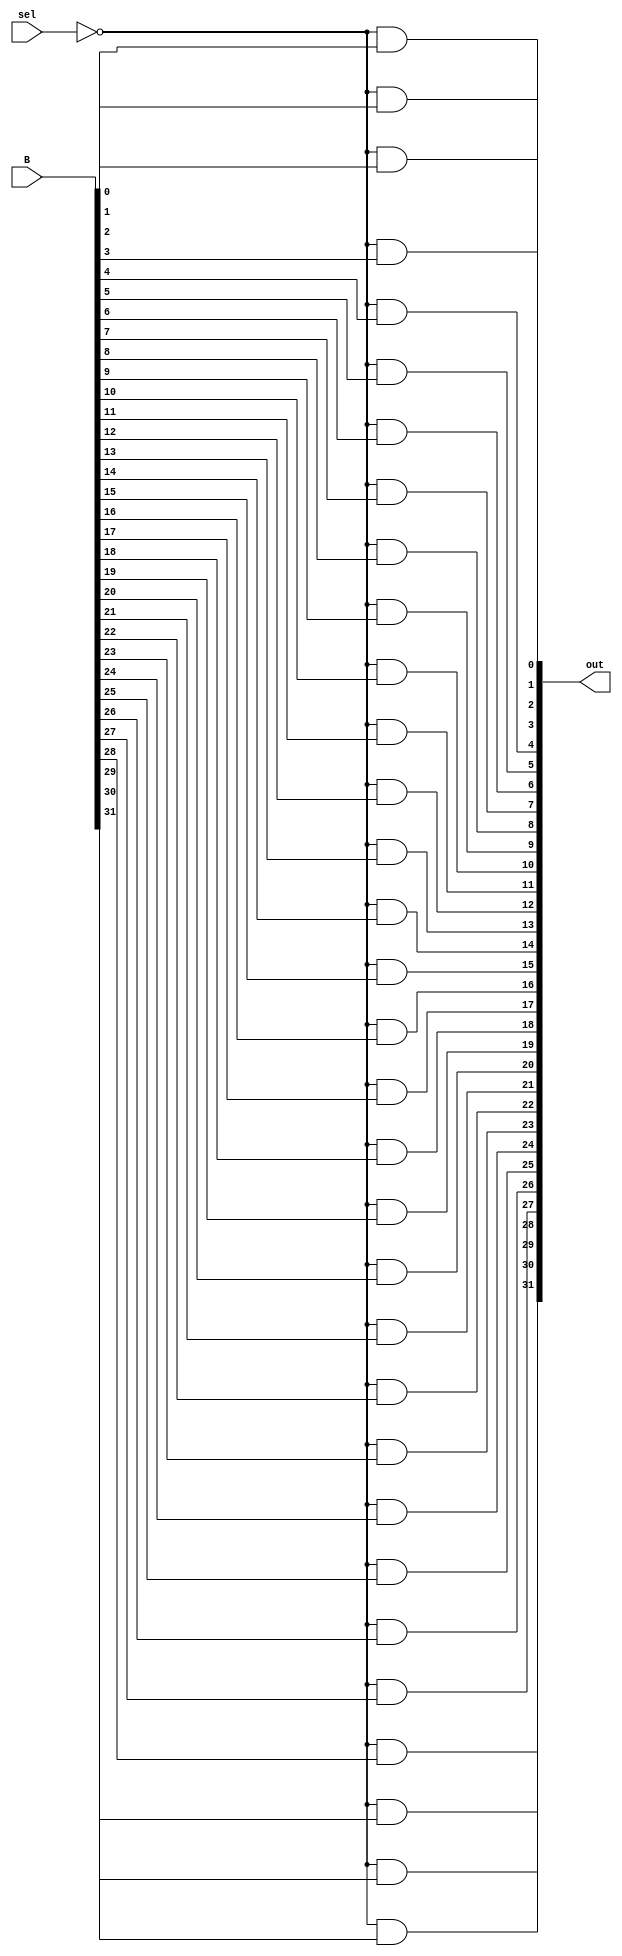
//////////////////////////////////////////////////////////////////////////////////
// Company: 
// 
// Design Name: Lab 1 Mux
// Module Name: mux
// Project Name: 
// Target Devices: 
// Tool Versions: 
// Description: 
// 
// Dependencies: 
// 
// Revision:
// Revision 0.01 - File Created
// Additional Comments:
// 
//////////////////////////////////////////////////////////////////////////////////
// Final Project 2:1 Mux

module twoToOne(B,sel,out);

wire sel_not;
wire [31:0] and1;
wire [31:0] and2;

input sel; 
input [31:0] B;
output [31:0] out;

not(sel_not,sel);

and(and1[0],sel_not,B[0]);
and(and1[1],sel_not,B[1]);
and(and1[2],sel_not,B[2]);
and(and1[3],sel_not,B[3]);
and(and1[4],sel_not,B[4]);
and(and1[5],sel_not,B[5]);
and(and1[6],sel_not,B[6]);
and(and1[7],sel_not,B[7]);
and(and1[8],sel_not,B[8]);
and(and1[9],sel_not,B[9]);
and(and1[10],sel_not,B[10]);
and(and1[11],sel_not,B[11]);
and(and1[12],sel_not,B[12]);
and(and1[13],sel_not,B[13]);
and(and1[14],sel_not,B[14]);
and(and1[15],sel_not,B[15]);
and(and1[16],sel_not,B[16]);
and(and1[17],sel_not,B[17]);
and(and1[18],sel_not,B[18]);
and(and1[19],sel_not,B[19]);
and(and1[20],sel_not,B[20]);
and(and1[21],sel_not,B[21]);
and(and1[22],sel_not,B[22]);
and(and1[23],sel_not,B[23]);
and(and1[24],sel_not,B[24]);
and(and1[25],sel_not,B[25]);
and(and1[26],sel_not,B[26]);
and(and1[27],sel_not,B[27]);
and(and1[28],sel_not,B[28]);
and(and1[29],sel_not,B[29]);
and(and1[30],sel_not,B[30]);
and(and1[31],sel_not,B[31]);

and(and2[0],sel,0);
and(and2[1],sel,0);
and(and2[2],sel,0);
and(and2[3],sel,0);
and(and2[4],sel,0);
and(and2[5],sel,0);
and(and2[6],sel,0);
and(and2[7],sel,0);
and(and2[8],sel,0);
and(and2[9],sel,0);
and(and2[10],sel,0);
and(and2[11],sel,0);
and(and2[12],sel,0);
and(and2[13],sel,0);
and(and2[14],sel,0);
and(and2[15],sel,0);
and(and2[16],sel,0);
and(and2[17],sel,0);
and(and2[18],sel,0);
and(and2[19],sel,0);
and(and2[20],sel,0);
and(and2[21],sel,0);
and(and2[22],sel,0);
and(and2[23],sel,0);
and(and2[24],sel,0);
and(and2[25],sel,0);
and(and2[26],sel,0);
and(and2[27],sel,0);
and(and2[28],sel,0);
and(and2[29],sel,0);
and(and2[30],sel,0);
and(and2[31],sel,0);

or(out[0],and1[0],and2[0]);
or(out[1],and1[1],and2[1]);
or(out[2],and1[2],and2[2]);
or(out[3],and1[3],and2[3]);
or(out[4],and1[4],and2[4]);
or(out[5],and1[5],and2[5]);
or(out[6],and1[6],and2[6]);
or(out[7],and1[7],and2[7]);
or(out[8],and1[8],and2[8]);
or(out[9],and1[9],and2[9]);
or(out[10],and1[10],and2[10]);
or(out[11],and1[11],and2[11]);
or(out[12],and1[12],and2[12]);
or(out[13],and1[13],and2[13]);
or(out[14],and1[14],and2[14]);
or(out[15],and1[15],and2[15]);
or(out[16],and1[16],and2[16]);
or(out[17],and1[17],and2[17]);
or(out[18],and1[18],and2[18]);
or(out[19],and1[19],and2[19]);
or(out[20],and1[20],and2[20]);
or(out[21],and1[21],and2[21]);
or(out[22],and1[22],and2[22]);
or(out[23],and1[23],and2[23]);
or(out[24],and1[24],and2[24]);
or(out[25],and1[25],and2[25]);
or(out[26],and1[26],and2[26]);
or(out[27],and1[27],and2[27]);
or(out[28],and1[28],and2[28]);
or(out[29],and1[29],and2[29]);
or(out[30],and1[30],and2[30]);
or(out[31],and1[31],and2[31]);

endmodule